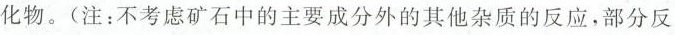
化物。(注：不考虑矿石中的主要成分外的其他杂质的反应，部分反